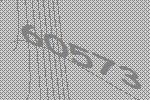
60573